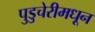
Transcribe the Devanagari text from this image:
पुडुचेरीमधून